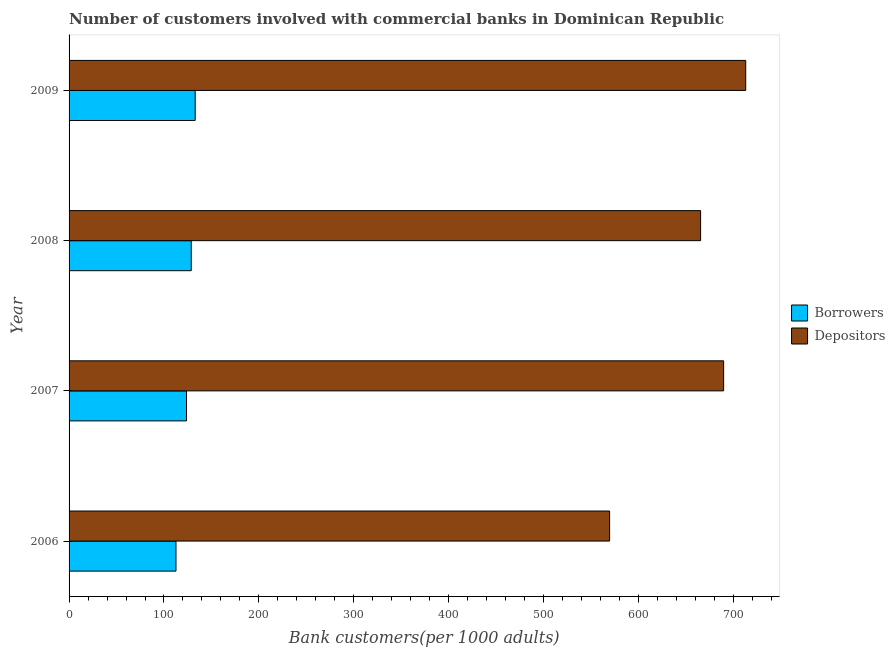
| Year | Borrowers | Depositors |
 | --- | --- | --- |
 | 2006 | 113 | 570 |
 | 2007 | 124 | 690 |
 | 2008 | 129 | 665 |
 | 2009 | 133 | 713 |